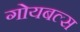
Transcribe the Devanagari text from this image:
गोयबल्स